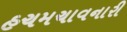
હચમચાવનારી